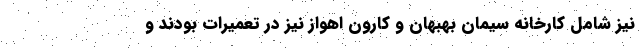
نیز شامل کارخانه سیمان بهبهان و کارون اهواز نیز در تعمیرات بودند و